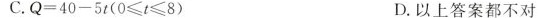
C.$$Q = 4 0 - 5 t$$($$0 ≤ t ≤ 8$$) D.以上答案都不对